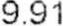
9.91